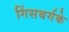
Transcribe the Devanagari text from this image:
गिंसबर्गके